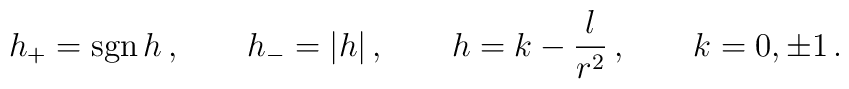
h_+= \mathop{\rm sgn} h\,, \qquad h_-= \left|h \right |, \qquad h=k-\frac{l}{r^2}\,, \qquad k=0,\pm1\,.